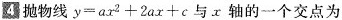
4 抛物线 $$y = a x ^{2} + 2 a x + c$$ 与 x 轴的一个交点为